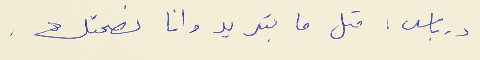
درباس : متل ما بتريد وان نصحتك .